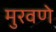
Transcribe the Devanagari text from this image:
मुरवणे